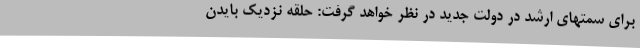
برای سمتهای ارشد در دولت جدید در نظر خواهد گرفت: حلقه نزدیک بایدن